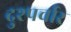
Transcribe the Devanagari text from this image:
दुश्पर्चार